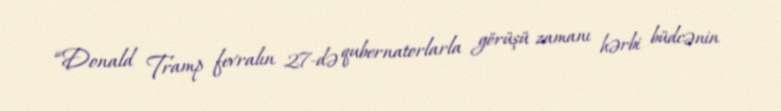
“Donald Tramp fevralın 27-də qubernatorlarla görüşü zamanı hərbi büdcənin